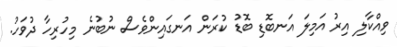
ވިއްކާލި އިރު އަމިލަ އަނބޮޑި ބޮޑު ކުރަން އަނގައިިންވެސް ނުބުނެ މިހުރިހާ ދުވަހު.